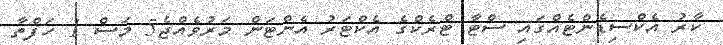
ކާރު އެކްސިޑެންޓެއްގައި ސްޓާ ޓްރެކްގެ އެކްޓަރު އެންޓަން މަރުވެއްޖެ5 މަސް 1 ހަފްތާ